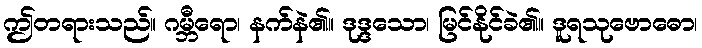
ဤတရားသည်။ ဂမ္ဘီရော၊ နက်နဲ၏။ ဒုဒ္ဒသော၊ မြင်နိုင်ခဲ၏။ ဒူရသုဗောဓော၊